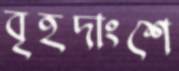
বৃহদাংশে